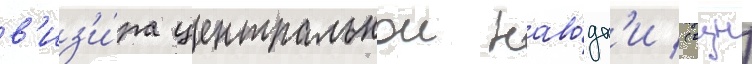
в'из'и́ра центральнои наво́дк'и (вцн)